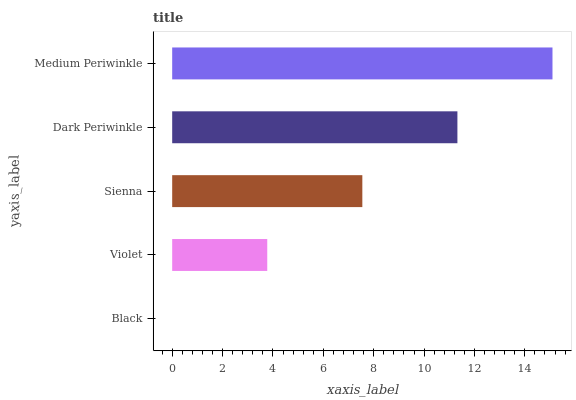
| yaxis_label | bars |
 | --- | --- |
 | Black | 0 |
 | Violet | 3.77 |
 | Sienna | 7.55 |
 | Dark Periwinkle | 11.3 |
 | Medium Periwinkle | 15.1 |